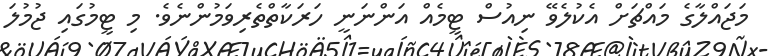
މަޖައްލާގެ މައްޗަށް އެކުލެވޭ ނިއުސް ޓީމެއް އަންނަނީ ހަރަކާތްތެރިވަމުންނެވެ. މި ޓީމުގައި ޖުމުލަ